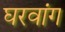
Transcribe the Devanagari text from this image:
घरवांग